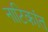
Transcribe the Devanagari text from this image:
नाटिकांत